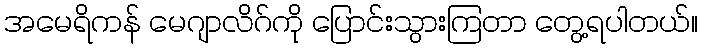
အမေရိကန် မေဂျာလိဂ်ကို ပြောင်းသွားကြတာ တွေ့ရပါတယ်။